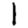
Digit: 1